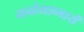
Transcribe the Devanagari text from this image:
मनोभाव्नायें